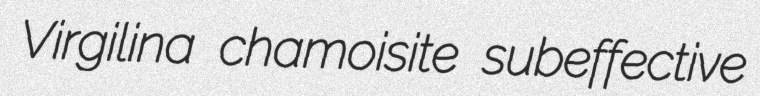
Virgilina chamoisite subeffective